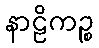
နာဠိကဉ္စ